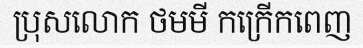
ប្រុសលោក ថមមី កក្រើកពេញ